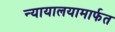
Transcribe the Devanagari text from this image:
न्यायालयामार्फत